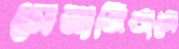
সেনানিবাসে